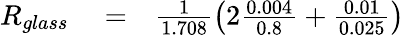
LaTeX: \begin{array}{rlr}{R_{glass}}&{{}=}&{\frac{1}{1.708}\left(2\frac{0.004}{0.8}+\frac{0.01}{0.025}\right)}\end{array}